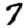
Digit: 7